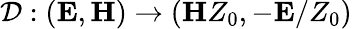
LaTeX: {\cal D}:\left({{\mathbf{E}},{\mathbf{H}}}\right)\to\left({{\mathbf{H}}{Z_{0}},-{\mathbf{E}}/{Z_{0}}}\right)